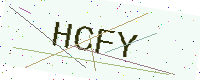
Text: HCFY